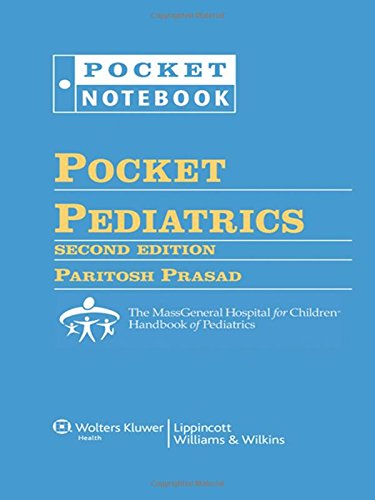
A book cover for Pocket Pediatrics: The Massachusetts General Hospital for Children Handbook of Pediatrics (Pocket Notebook); Paritosh Prasad MD  DTM&H; Medical Books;